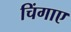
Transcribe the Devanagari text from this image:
चिंगाए